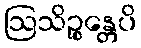
ဩသိဉ္စန္တေပိ